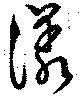
漾